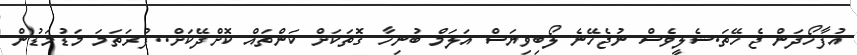
އުފާހޯދަން ޖެހޭތަ.ޝެލީވެސް ނުޖެހޭނެ ލޯބިވިޔަސް އަލަމް ބުނިހާ ގޮތަކަށް ކަންތައް ކޮށްދޭކަށް..ފުރަތަމަ މަޑުމަޑުން